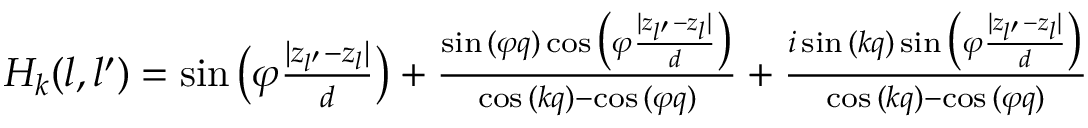
\begin{array} { r } { H _ { k } ( l , l ^ { \prime } ) = \sin { \big ( \varphi \frac { | z _ { l ^ { \prime } } - z _ { l } | } { d } \big ) } + \frac { \sin { ( \varphi q ) } \cos { \big ( \varphi \frac { | z _ { l ^ { \prime } } - z _ { l } | } { d } \big ) } } { \cos { ( k q ) } - \cos { ( \varphi q ) } } + \frac { i \sin { ( k q ) } \sin { \big ( \varphi \frac { | z _ { l ^ { \prime } } - z _ { l } | } { d } \big ) } } { \cos { ( k q ) } - \cos { ( \varphi q ) } } } \end{array}